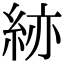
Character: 𥿹